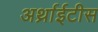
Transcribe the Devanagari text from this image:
अर्थ्राईटीस